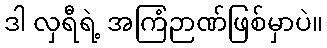
ဒါ လှရီရဲ့ အကြံဉာဏ်ဖြစ်မှာပဲ။